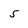
Character: 5